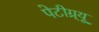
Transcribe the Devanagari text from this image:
पेटीग्र्यू